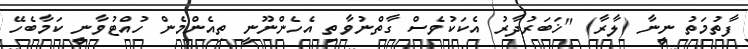
ފާތުމަތު ނީނާ (ލާރާ) "ޚަބަރުދާރު އެކަކުވެސް ގާތްނުވާތި އެހެންނޫނީ ތިއެންމެން ހުއްޓުވާނީ ކަމާބެހޭ